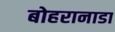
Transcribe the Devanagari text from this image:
बोहरानाडा